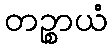
တဉ္စာယံ